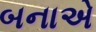
બનાએ